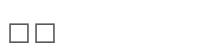
٩٧